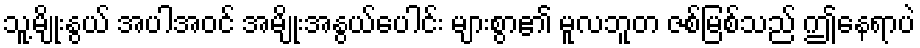
သူ့မျိုးနွယ် အပါအဝင် အမျိုးအနွယ်ပေါင်း များစွာ၏ မူလဘူတ ဇစ်မြစ်သည် ဤနေရာပဲ